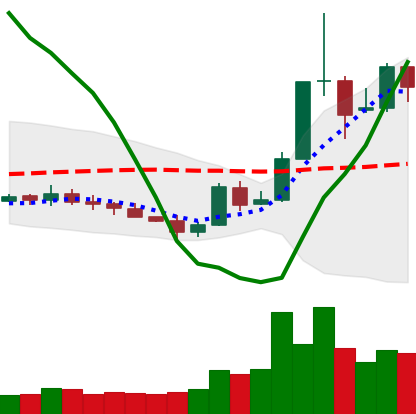
Ticker: XLM-USD
Chart end date: 2019-05-20
Forward return: -7.174%
Label: down_7plus